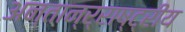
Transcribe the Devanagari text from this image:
अन्तान्र्राष्ट्रीय